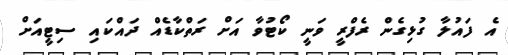
އެ ފައުލާ ގުޅިގެން ރެފްރީ ވަނީ ކޯޓުވާ އަށް ރަތްކާޑެއް ދައްކައި ސިޓީއަށް